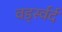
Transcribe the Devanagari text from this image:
वर्ड्स्वर्द